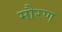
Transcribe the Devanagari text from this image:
मौरण